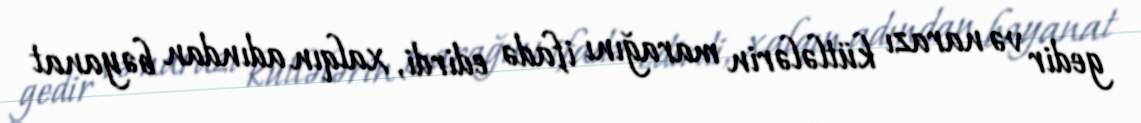
gedir və narazı kütlələrin marağını ifadə edirdi, xalqın adından bəyanat